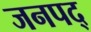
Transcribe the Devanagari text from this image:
जनपद्